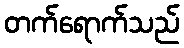
တက်ရောက်သည်